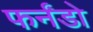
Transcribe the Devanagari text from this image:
फर्नंडो